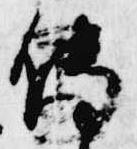
伝